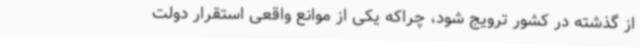
از گذشته در کشور ترویج شود، چراکه یکی از موانع واقعی استقرار دولت